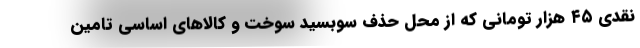
نقدی ۴۵ هزار تومانی که از محل حذف سوبسید سوخت و کالاهای اساسی تامین